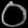
Digit: ၀